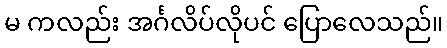
မ ကလည်း အင်္ဂလိပ်လိုပင် ပြောလေသည်။